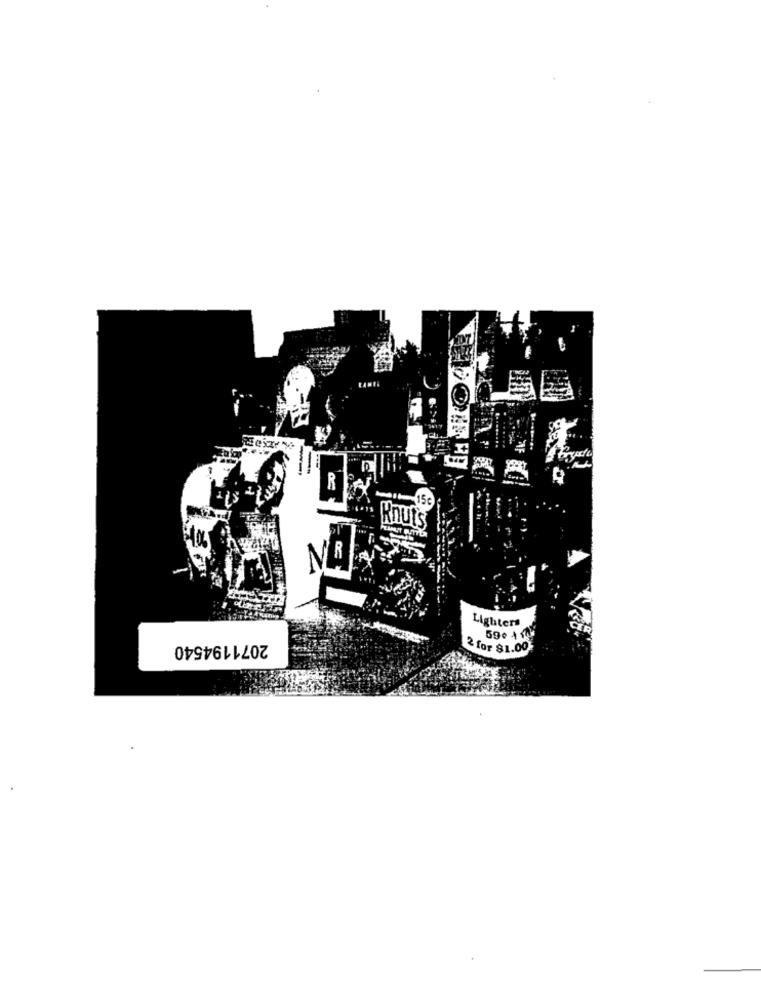
-
R
Knuts
106
Lighters
2071194540
590 4 0
2 for $1.00